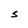
Character: S